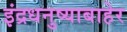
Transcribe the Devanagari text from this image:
इंद्रधनुष्याबाहेर